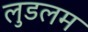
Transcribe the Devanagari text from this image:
लुडलम